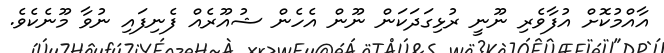
އާއްމުކޮށް އުފާވެރި ނޫނީ ރުޅިގަދަކަން ނޫން އެހެން ޝުއޫރެއް ފެނިފައި ނުވާ މޫނެކެވެ.